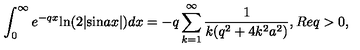
\int _ { 0 } ^ { \infty } e ^ { - q x } \mathrm { l n } ( 2 | \mathrm { s i n } a x | ) d x = - q \sum _ { k = 1 } ^ { \infty } \frac { 1 } { k ( q ^ { 2 } + 4 k ^ { 2 } a ^ { 2 } ) } , R e q > 0 ,